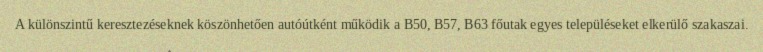
A különszintű keresztezéseknek köszönhetően autóútként működik a B50, B57, B63 főutak egyes településeket elkerülő szakaszai.